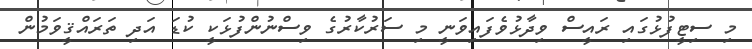
މި ސިޓީފުޅުގައި ރައީސް ވިދާޅުވެފައިވަނީ މި ސަރުކާރުގެ ވިސްނުންފުޅަކީ ކުޑަ އަދި ތަރައްޤީވަމުން